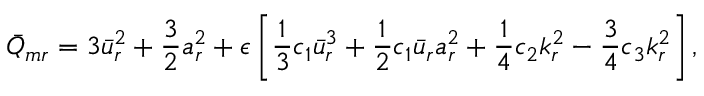
\bar { Q } _ { m r } = 3 \bar { u } _ { r } ^ { 2 } + \frac { 3 } { 2 } a _ { r } ^ { 2 } + \epsilon \left[ \frac { 1 } { 3 } c _ { 1 } \bar { u } _ { r } ^ { 3 } + \frac { 1 } { 2 } c _ { 1 } \bar { u } _ { r } a _ { r } ^ { 2 } + \frac { 1 } { 4 } c _ { 2 } k _ { r } ^ { 2 } - \frac { 3 } { 4 } c _ { 3 } k _ { r } ^ { 2 } \right] ,